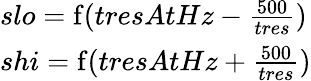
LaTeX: \begin{array}{lcl}{slo=\operatorname{f}(tresAtHz-{\frac{500}{tres}})}\\ {shi=\operatorname{f}(tresAtHz+{\frac{500}{tres}})}\end{array}